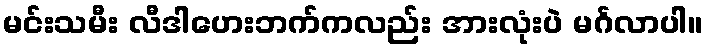
မင်းသမီး လီဒါဟေးဘက်ကလည်း အားလုံးပဲ မင်္ဂလာပါ။